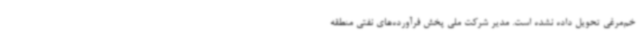
خم‌مرغی تحویل داده نشده است. مدیر شرکت ملی پخش فرآورده‌های نفتی منطقه